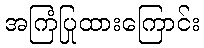
အကြံပြုထားကြောင်း